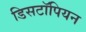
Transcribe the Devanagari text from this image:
डिसटॉपियन